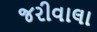
જરીવાલા